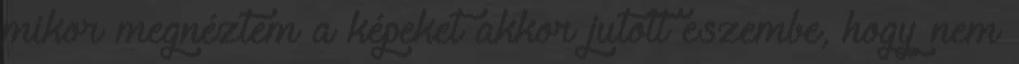
mikor megnéztem a képeket akkor jutott eszembe, hogy nem